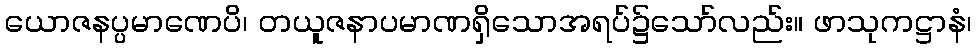
ယောဇနပ္ပမာဏေပိ၊ တယူဇနာပမာဏရှိသောအရပ်၌သော်လည်း။ ဖာသုကဋ္ဌာနံ၊